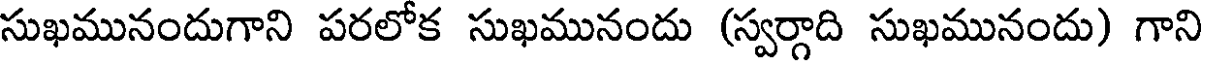
సుఖమునందుగాని పరలోక సుఖమునందు (స్వర్గాది సుఖమునందు) గాని